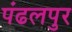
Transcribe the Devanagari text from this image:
पंढलपुर